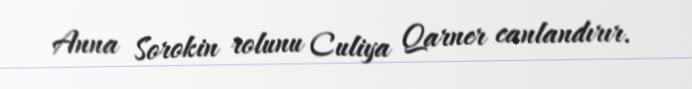
Anna Sorokin rolunu Culiya Qarner canlandırır.